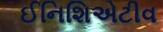
ઈનિશિએટીવ